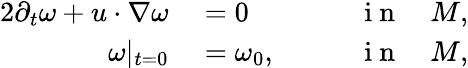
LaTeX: \begin{array}{rlr}{{2}\partial_{t}\omega+u\cdot\nabla\omega}&{{}=0}&{\qquad\mathrm{~i~n~}\quad M,}\\ {\omega|_{t=0}}&{{}=\omega_{0},}&{\qquad\mathrm{~i~n~}\quad M,}\end{array}